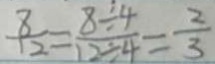
\frac { 8 } { 1 2 } = \frac { 8 \div 4 } { 1 2 \div 4 } = \frac { 2 } { 3 }